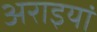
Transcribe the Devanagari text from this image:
अराइयां